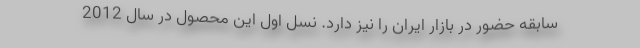
سابقه حضور در بازار ایران را نیز دارد. نسل اول این محصول در سال 2012